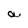
Character: a